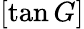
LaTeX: [\tan G]